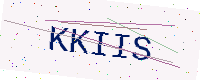
Text: KKIIS